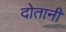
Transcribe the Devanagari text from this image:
दोतानी